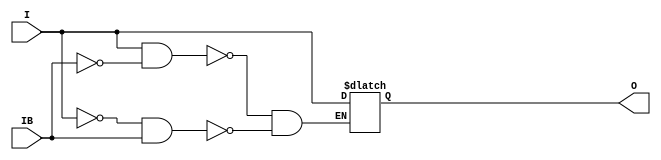
// $Header: /devl/xcs/repo/env/Databases/CAEInterfaces/verunilibs/s/IBUFGDS_BLVDS_25.v,v 1.9.22.1 2003/11/18 20:41:34 wloo Exp $

/*

FUNCTION	: INPUT BUFFER

*/

`timescale  100 ps / 10 ps


module IBUFGDS_BLVDS_25 (O, I, IB);

    output O;

    input  I, IB;

    reg o_out;

    buf b_0 (O, o_out);

    always @(I or IB) begin
	if (I == 1'b1 && IB == 1'b0)
	    o_out <= I;
	else if (I == 1'b0 && IB == 1'b1)
	    o_out <= I;
    end

    specify
	(I *> O) = (0, 0);
    endspecify

endmodule